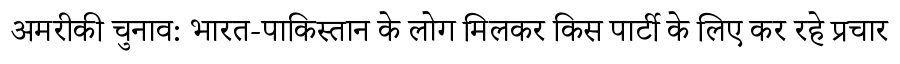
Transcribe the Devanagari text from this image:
अमरीकी चुनाव: भारत-पाकिस्तान के लोग मिलकर किस पार्टी के लिए कर रहे प्रचार